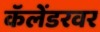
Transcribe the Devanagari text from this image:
कॅलेंडरवर